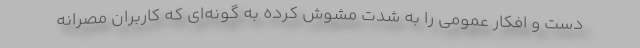
دست و افکار عمومی را به شدت مشوش کرده به گونه‌ای که کاربران مصرانه